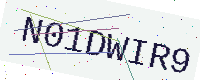
Text: N01DWIR9